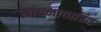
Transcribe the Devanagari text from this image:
सायनाधारित